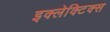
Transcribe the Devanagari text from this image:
इक्लेक्टिक्स